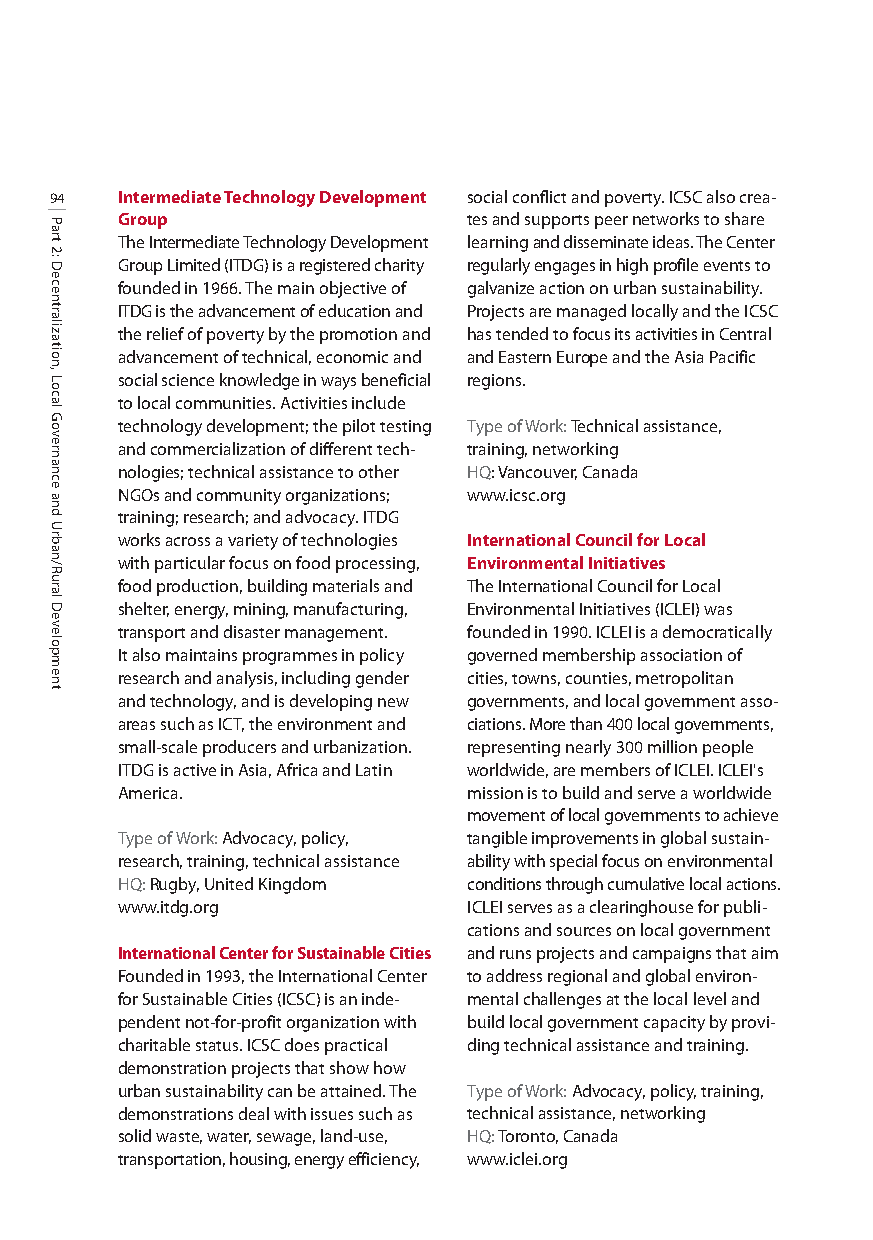
94   Intermediate Technology Development social conflict and poverty. ICSC also crea-
 Group                  tesandsupports peer networks to share
 The Intermediate Technology Development learning and disseminate ideas. The Center
 Group Limited (ITDG) is a registered charity regularlyengages in high profile events to
 founded in 1966. The main objective of galvanizeaction on urban sustainability.
 ITDG is the advancement of education and Projects are managed locally and the ICSC
 the relief of poverty by the promotion and has tended to focus its activities in Central
 advancement of technical, economic and and EasternEurope and the Asia Pacific
 social science knowledge in ways beneficial regions.
 to local communities. Activities include
 technology development; the pilot testing Type of Work: Technical assistance,
 and commercialization of different tech- training, networking
 nologies; technical assistance to other HQ: Vancouver, Canada
 NGOs and community organizations; www.icsc.org
 training; research; and advocacy. ITDG
 works across a variety of technologies International Council for Local
 with particular focus on food processing, Environmental Initiatives
 food production, building materials and The International Council for Local
 shelter, energy, mining, manufacturing, Environmental Initiatives (ICLEI) was
 transport and disaster management. founded in 1990. ICLEI is a democratically
 It also maintains programmes in policy governed membership association of
 research and analysis, including gender cities, towns, counties, metropolitan
 and technology, and is developing new governments, and local government asso-
 areas such as ICT, the environment and ciations. More than 400 local governments,
 small-scale producers and urbanization. representing nearly 300 million people
 ITDG is active in Asia, Africa and Latin worldwide, are members of ICLEI. ICLEI's
 America.               mission is to build and serve a worldwide
 movement of local governments to achieve
 Type of Work: Advocacy, policy, tangible improvements in global sustain-
 research, training, technical assistance ability with special focus on environmental
 HQ:Rugby, United Kingdom conditions through cumulative local actions.
 www.itdg.org           ICLEI serves as a clearinghouse for publi-
 cations and sources on local government
 International Center for Sustainable Cities and runs projects and campaigns that aim
 Founded in 1993, the International Center to address regional and global environ-
 for Sustainable Cities (ICSC) is an inde- mental challenges at the local level and
 pendent not-for-profit organization with build local government capacity by provi-
 charitable status. ICSC does practical ding technical assistance and training.
 demonstration projects that show how
 urban sustainability can be attained. The Type of Work: Advocacy, policy, training,
 demonstrations deal with issues such as technical assistance, networking
 solid waste, water, sewage, land-use, HQ:Toronto, Canada
 transportation, housing, energy efficiency, www.iclei.org
 Part
 2:
 Decentralization,
 Local
 Governance
 and
 Urban/Rural
 Development